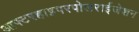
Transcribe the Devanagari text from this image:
आफ्टरहाइपरपोलराईजेशन